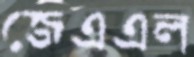
জেএএল